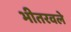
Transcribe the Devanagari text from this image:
भीतरवले